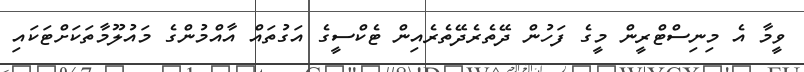
ވީމާ އެ މިނިސްޓްރީން މީގެ ފަހުން ދޭތެރެދޭތެރެއިން ޓެކްސީގެ އަގުތައް އާއްމުންގެ މައުލޫމާތަކަށްޓަކައި